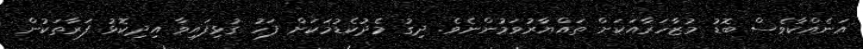
އަނެއްކާވެސް ބޮޑު މުޒާހަރާއަކަށް ތައްޔާރުވަމުންނެވެ. ދިގު މެދުކެޑުމަކަށް ފަހު ގުޅިފައިވާ އިދިކޮޅު ފަރާތަކުން